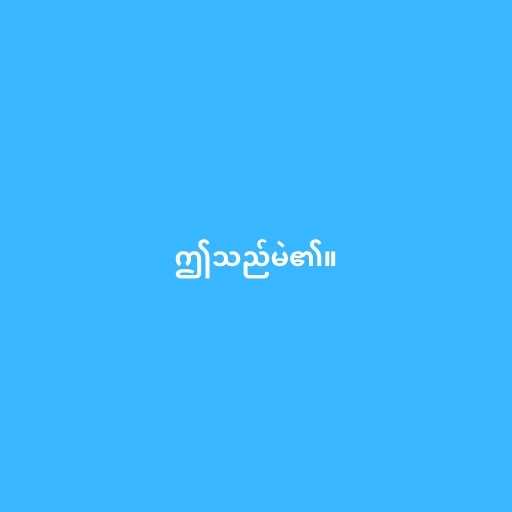
ဤသည်မဲ၏။